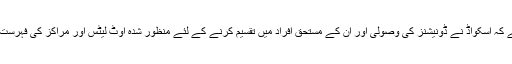
یہ بات قابل ذکر ہے کہ اسکواڈ نے ڈونیشنز کی وصولی اور ان کے مستحق افراد میں تقسیم کرنے کے لئے منظور شدہ آوٹ لیٹس اور مراکز کی فہرست اپ لوڈ کردی ہے۔